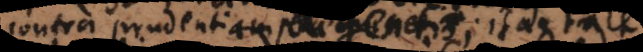
contra prudentiam agentis; itaque tale